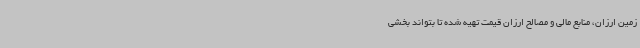
زمین ارزان، منابع مالی و مصالح ارزان قیمت تهیه شده تا بتواند بخشی